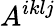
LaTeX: A^{iklj}